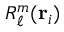
R _ { \ell } ^ { m } ( \mathbf { r } _ { i } )